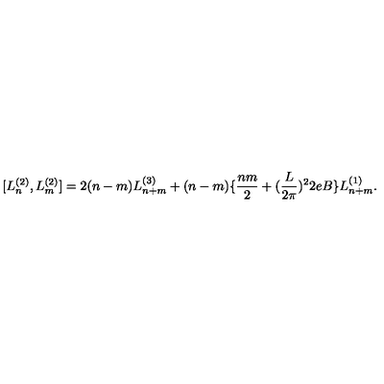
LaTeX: [ L _ { n } ^ { ( 2 ) } , L _ { m } ^ { ( 2 ) } ] = 2 ( n - m ) L _ { n + m } ^ { ( 3 ) } + ( n - m ) \{ \frac { n m } { 2 } + ( \frac { L } { 2 \pi } ) ^ { 2 } 2 e B \} L _ { n + m } ^ { ( 1 ) } .